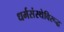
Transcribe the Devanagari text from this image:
धर्मसंस्थेविरूद्ध